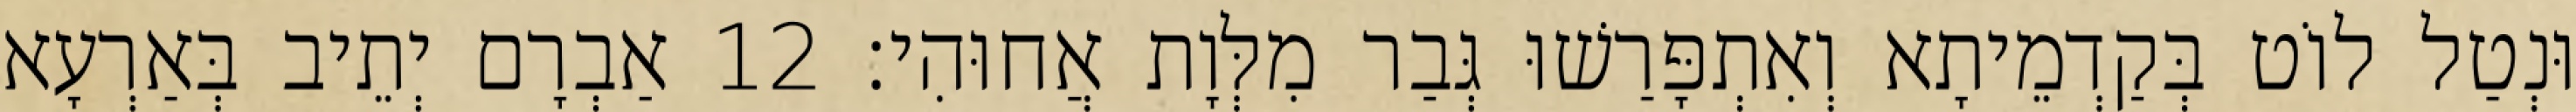
וּנְטַל לוֹט בְּקַדְמֵיתָא וְאִתְפָּרַשׁוּ גְּבַר מִלְּוָת אֲחוּהִי׃ 12 אַבְרָם יְתֵיב בְּאַרְעָא